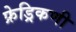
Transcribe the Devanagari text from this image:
फ्रेड्रिकणी